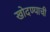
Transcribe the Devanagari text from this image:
खोदण्याची